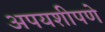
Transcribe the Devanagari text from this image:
अपयशीपणे